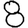
Digit: 8